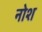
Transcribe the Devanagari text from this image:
नोश